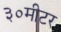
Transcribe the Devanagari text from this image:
३०मीटर